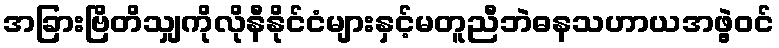
အခြားဗြိတိသျှကိုလိုနီနိုင်ငံများနှင့်မတူညီဘဲဓနသဟာယအဖွဲ့ဝင်